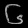
Digit: ၆